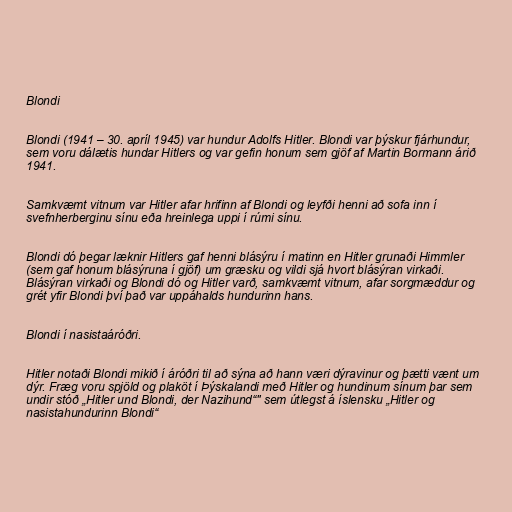
Blondi

Blondi (1941 – 30. apríl 1945) var hundur Adolfs Hitler. Blondi var þýskur fjárhundur,
sem voru dálætis hundar Hitlers og var gefin honum sem gjöf af Martin Bormann árið
1941.

Samkvæmt vitnum var Hitler afar hrifinn af Blondi og leyfði henni að sofa inn í
svefnherberginu sínu eða hreinlega uppi í rúmi sínu.

Blondi dó þegar læknir Hitlers gaf henni blásýru í matinn en Hitler grunaði Himmler
(sem gaf honum blásýruna í gjöf) um græsku og vildi sjá hvort blásýran virkaði.
Blásýran virkaði og Blondi dó og Hitler varð, samkvæmt vitnum, afar sorgmæddur og
grét yfir Blondi því það var uppáhalds hundurinn hans.

Blondi í nasistaáróðri.

Hitler notaði Blondi mikið í áróðri til að sýna að hann væri dýravinur og þætti vænt um
dýr. Fræg voru spjöld og plaköt í Þýskalandi með Hitler og hundinum sínum þar sem
undir stóð „Hitler und Blondi, der Nazihund“" sem útlegst á íslensku „Hitler og
nasistahundurinn Blondi“